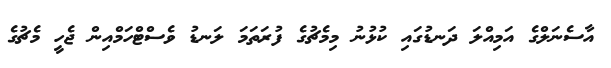
އާސެނަލްގެ އަމިއްލަ ދަނޑުގައި ކުޅުނު މިމެޗުގެ ފުރަތަމަ ލަނޑު ވެސްޓްހަމްއިން ޖެހީ މެޗުގެ